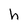
Character: h